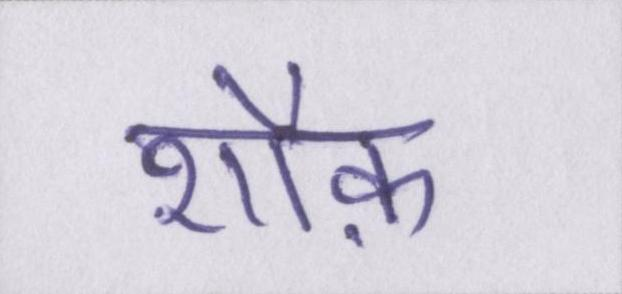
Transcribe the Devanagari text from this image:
शौक़